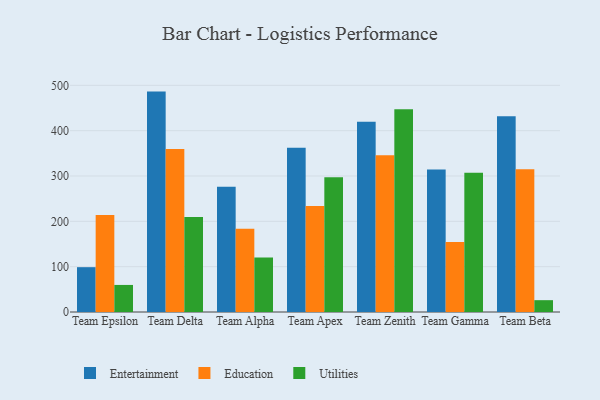
{"axis": {"x": "Team", "y": "Backlog"}, "legend": ["Education", "Entertainment", "Utilities"], "data": [{"x": "Team Epsilon", "y": 98.9, "type": "Entertainment"}, {"x": "Team Epsilon", "y": 213.9, "type": "Education"}, {"x": "Team Epsilon", "y": 59.7, "type": "Utilities"}, {"x": "Team Delta", "y": 486.2, "type": "Entertainment"}, {"x": "Team Delta", "y": 359.5, "type": "Education"}, {"x": "Team Delta", "y": 209.3, "type": "Utilities"}, {"x": "Team Alpha", "y": 276.4, "type": "Entertainment"}, {"x": "Team Alpha", "y": 183.4, "type": "Education"}, {"x": "Team Alpha", "y": 120.2, "type": "Utilities"}, {"x": "Team Apex", "y": 362.5, "type": "Entertainment"}, {"x": "Team Apex", "y": 233.8, "type": "Education"}, {"x": "Team Apex", "y": 297.2, "type": "Utilities"}, {"x": "Team Zenith", "y": 419.6, "type": "Entertainment"}, {"x": "Team Zenith", "y": 345.9, "type": "Education"}, {"x": "Team Zenith", "y": 447.0, "type": "Utilities"}, {"x": "Team Gamma", "y": 314.2, "type": "Entertainment"}, {"x": "Team Gamma", "y": 154.6, "type": "Education"}, {"x": "Team Gamma", "y": 307.4, "type": "Utilities"}, {"x": "Team Beta", "y": 431.6, "type": "Entertainment"}, {"x": "Team Beta", "y": 314.8, "type": "Education"}, {"x": "Team Beta", "y": 26.1, "type": "Utilities"}]}